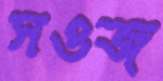
সওজ